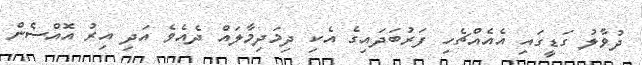
ދުވާލު ގަޑީގައި އެއެއްޗެހި ފަރުބަދައިގެ އެކި ދިމަދިމާލައް ދެއެވެ އަދި އިރު އޮއްސެން